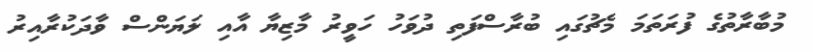
މުބާރާތުގެ ފުރަތަމަ މެޗުގައި ބުރާސްފަތި ދުވަހު ހަވީރު މާޒިޔާ އާއި ލަޔަންސް ވާދަކުރާއިރު